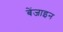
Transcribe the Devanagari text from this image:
बेंजाइन